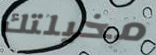
مخيلتك